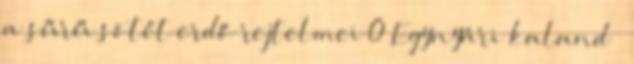
a sűrű sötét erdő rejtelmei 0 Egynyári kaland –